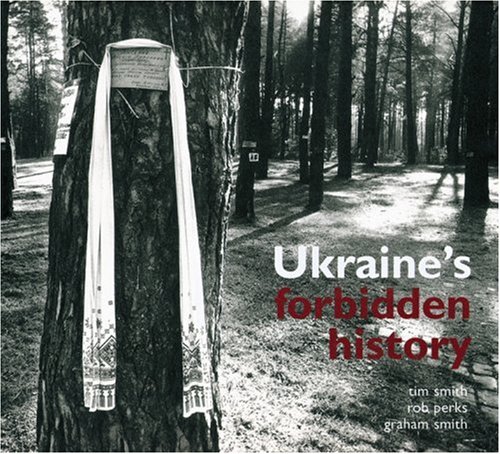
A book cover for Ukraine's Forbidden History; Tim Smith; Travel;